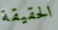
الحقيقة